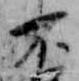
不